Annual returns of the Patna Lunatic Asylum at Bankipore in Bihar and Orissa - 1912-1924
Year: 1912
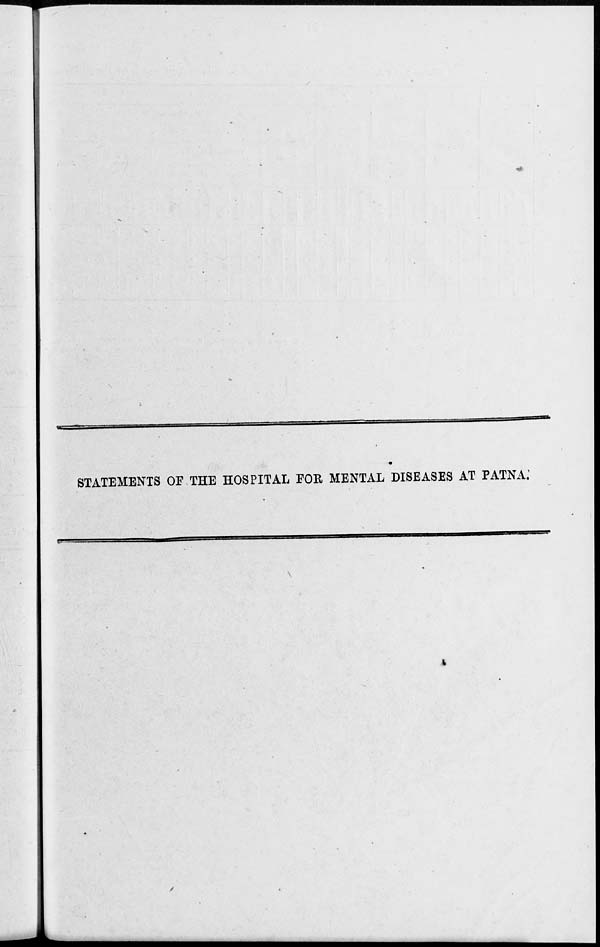
STATEMENTS OF THE HOSPITAL FOR MENTAL DISEASES AT PATNA.